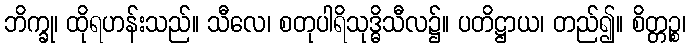
ဘိက္ခု၊ ထိုရဟန်းသည်။ သီလေ၊ စတုပါရိသုဒ္ဓိသီလ၌။ ပတိဋ္ဌာယ၊ တည်၍။ စိတ္တဉ္စ၊